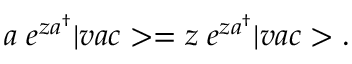
a \; e ^ { z a ^ { \dagger } } | v a c > = z \; e ^ { z a ^ { \dagger } } | v a c > .